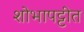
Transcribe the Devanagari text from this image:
शोभापट्टीत